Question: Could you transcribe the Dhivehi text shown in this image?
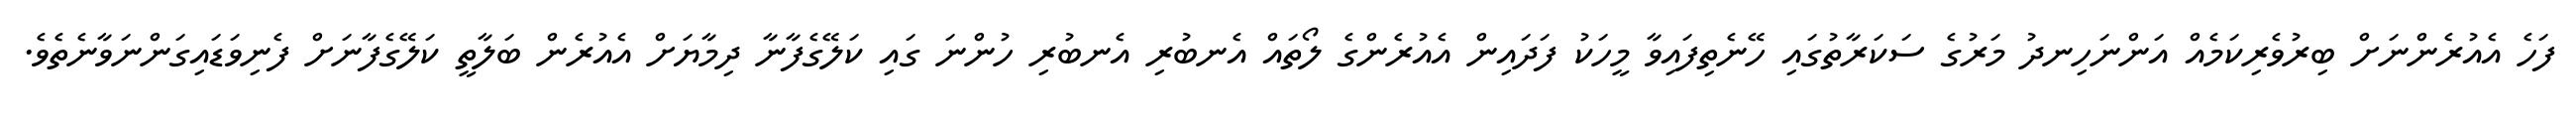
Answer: ފަހެ އެއުރެންނަށް ބިރުވެރިކަމެއް އަންނަހިނދު މަރުގެ ސަކަރާތުގައި ހޭނެތިފައިވާ މީހަކު ފަދައިން އެއުރެންގެ ލޯތައް އެނބުރި އެނބުރި ހުންނަ ގައި ކަލޭގެފާނާ ދިމާޔަށް އެއުރެން ބަލާތީ ކަލޭގެފާނަށް ފެނިވަޑައިގަންނަވާނެތެވެ.